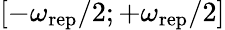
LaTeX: [-\omega_{\mathrm{rep}}/2;+\omega_{\mathrm{rep}}/2]